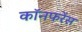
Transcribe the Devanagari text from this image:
कॉनफरेंस